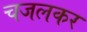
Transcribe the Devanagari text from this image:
चजलकर